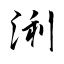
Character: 浰